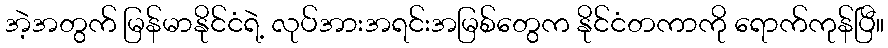
အဲ့အတွက် မြန်မာနိုင်ငံရဲ့ လုပ်အားအရင်းအမြစ်တွေက နိုင်ငံတကာကို ရောက်ကုန်ပြီ။